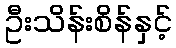
ဦးသိန်းစိန်နှင့်